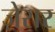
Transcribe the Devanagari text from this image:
ज़ेरार